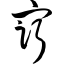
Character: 穷